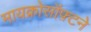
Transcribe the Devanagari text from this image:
मायक्रोसॉफ़्टने